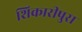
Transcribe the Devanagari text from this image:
शिकारीपुरा